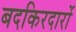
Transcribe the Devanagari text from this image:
बदकिरदारों